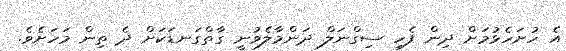
އެ ހުށަހެޅުމަށް ދިން ފެހި ސިގްނަލް ދަންމާލެވުނީ ގާތްގަނޑަކަށް ދެ ތިން މަހަށެވެ.